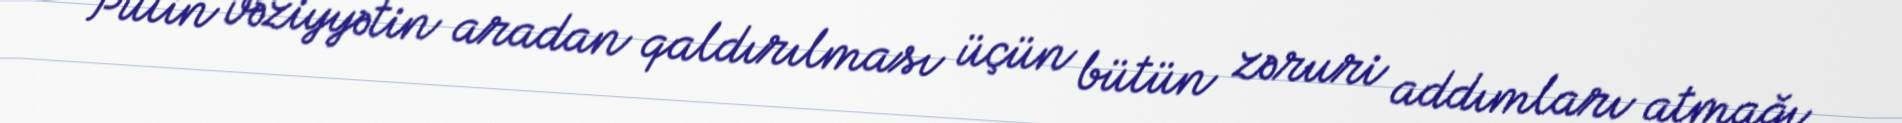
Putin vəziyyətin aradan qaldırılması üçün bütün zəruri addımları atmağı